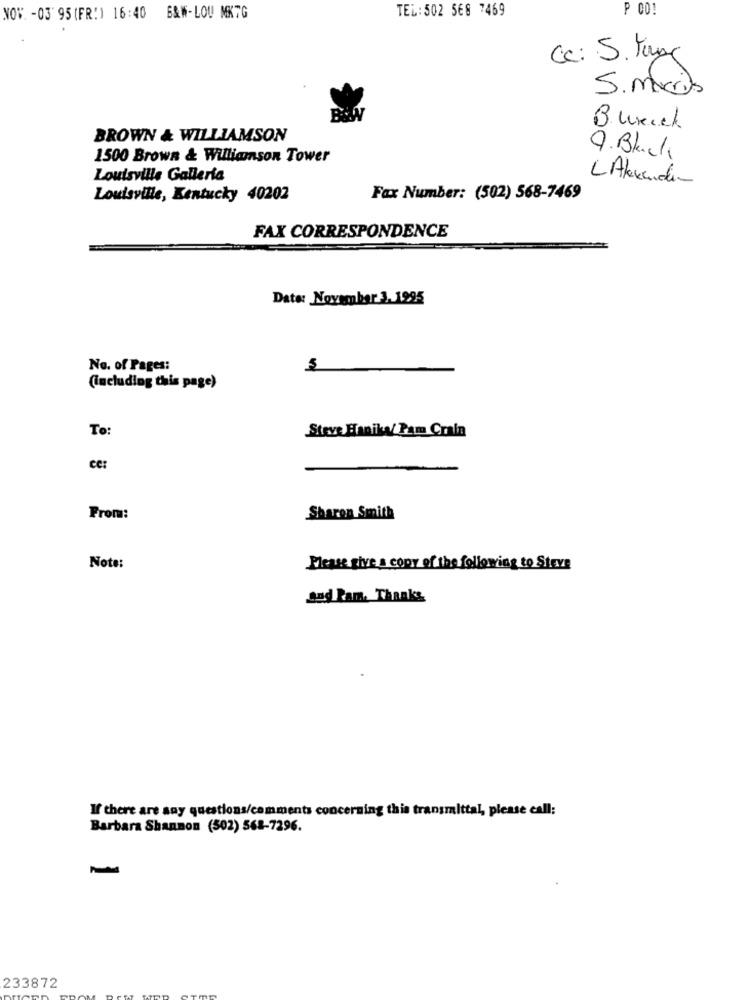
TEL:502 568 7469
P CO!
NOV. - 03 95 (FR:) 16:40 B&W-LOU MKTG
Cc: S. Jog
5.mars
Burick
BROWN & WILLIAMSON
1500 Brown & Williamson Tower
9. Black
Louisville Galleria
LAlexander
Louisville, Kentucky 40202
Fax Number: (502) 568-7469
FAX CORRESPONDENCE
Date: November 3. 1995
No. of Pages:
5
(including this page)
To:
Steve Hanika/ Pam Crain
ce
From:
Sharon Smith
Note:
Please give a copy of the following to Steve
Sud Pam. Thanks
If there are any questions/comments concerning this transmittal, please call:
Barbara Shannon (502) 568-7296.
233872